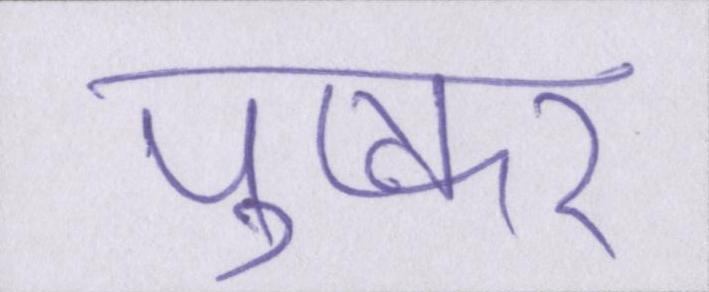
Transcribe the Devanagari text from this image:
पुष्कर